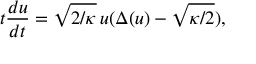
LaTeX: t \frac { d u } { d t } = \sqrt { 2 / \kappa } \, u ( \Delta ( u ) - \sqrt { \kappa / 2 } ) ,